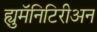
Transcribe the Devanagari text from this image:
ह्युमॅनिटिरीअन